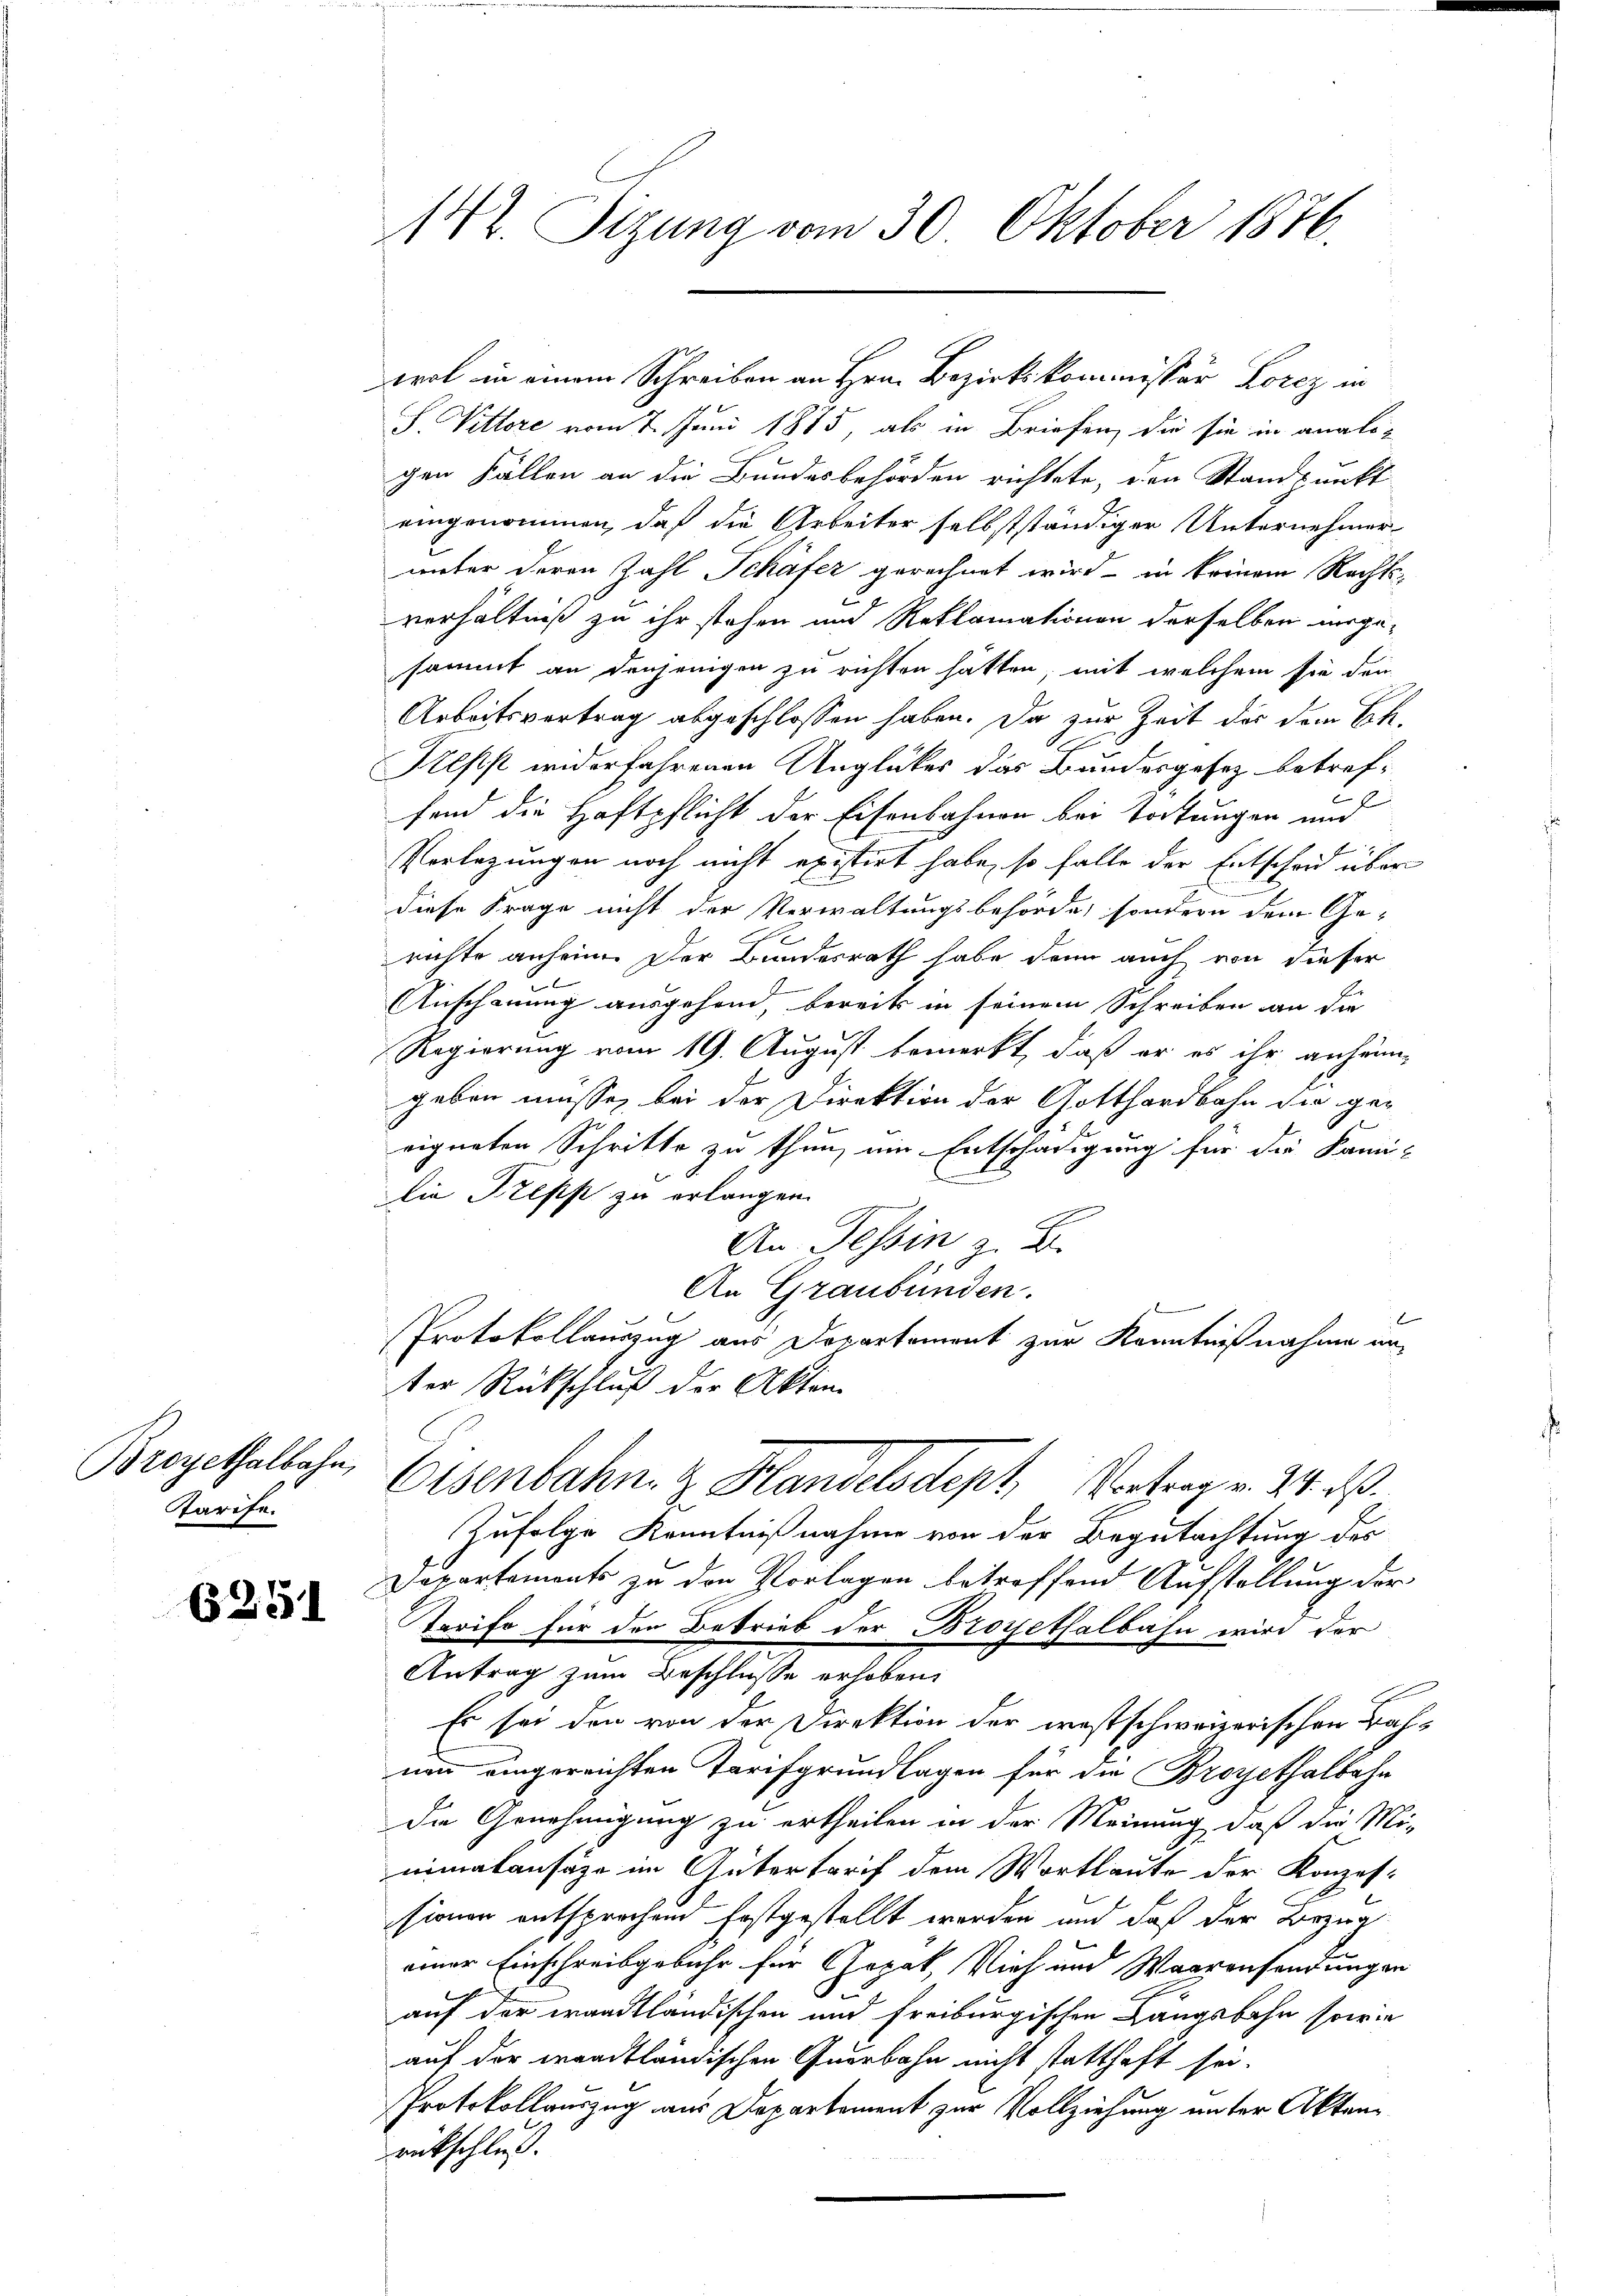
Broyethalbahn,
Tarife.

6251

142. Sizung vom 30. Oktober 1876.

S. Vittore vom 7. Juni 1875, als in Briefen, die sie in analogen Fällen an die Bundesbehörden richtete, den Standpunkt
eingenommen, daß die Arbeiter selbstständiger Unternehmer-
unter deren Zahl Schäfer gerechnet wird in keinem Rechtsverhältniß zu ihr stehen und Reklamationen derselben unge-
sammt an denjenigen zu richten hatten, mit welchem sie den
Arbeitsvertrag abgeschlossen haben. Da zur Zeit des dem Ch.
Alsst widerfahrenen Unglückes das Bundesgesez betreffend die Haftpflicht der Eisenbahnen bei Tortungen und
Verlegungen noch nicht existirt habe, so falle der Entscheid über
diese Frage nicht der Verwaltungsbehörde, sondern dem Ge-
richte anheim. Der Bundesrath habe denn auch von dieser
Anschauung ausgehand, bereits in seinem Schreiben an die
Regierung vom 19. August bemerkt, daß er es ihr anheimgeben müsse, bei der Direktion der Gotthardbahn die ge¬
1
eigneten Schritte zu thun, um Entschädigung für die Kami¬
Die Trepp zu erlangen.
An Tessin z. B.
An Graubünden.
Protokollauszug aus Departement zur Kenntnißnahme an-
ter Rückschluß der Akten
Eisenbahn z. Handelsdept, Vortrag v. 24. d.
Zufolge Kenntnißnahme von der Begutachtung des
Departements zu den Vorlagen betreffend Aufstellung der
Tarifo für den Betrieb der Broyethalbahn wird der
Antrag zum Verschlusse erheben,
Es sei den von der Direktion der westschweizerischen Bahnenn eingereichten Tarifgrundlagen für die Broyethalbahn
die Genehmigung zu ertheilen in der Meinung, daß die Mi-
nimalansage im Gütertarif dem Wortlaute der Konzessienen entsprechend festgestellt worden und daß der Bezug
einer Einschreibgebühr für Gopak, Vieh und Waarensendungen
auf der waadtländischen und freiburgischen Langsbahn sowie
auf der waadtländischen Querbahn nicht statthaft sei.
Protokollauszug aus Departement zur Vollziehung unter Aktenrückschluß.

wrot in einem Schreiben an Hrn. Bezirkskommissär Lorez in